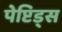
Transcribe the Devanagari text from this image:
पेप्टिड्स